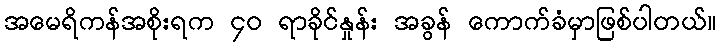
အမေရိကန်အစိုးရက ၄၀ ရာခိုင်နှုန်း အခွန် ကောက်ခံမှာဖြစ်ပါတယ်။